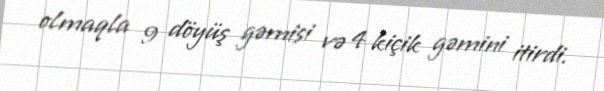
olmaqla 9 döyüş gəmisi və 4 kiçik gəmini itirdi.